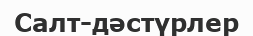
Салт-дәстүрлер